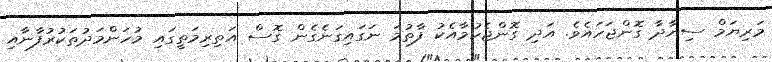
މަރިޔަމް ސިޔާދާ ގޮންޖަހައެވެ. އަދި ގޮންޖެހުމާއެކު ފާތުމަ ނަގައިގަނެގެން ގޮސް އަތިރިމަތީގައި މުހަންމަދުތަކުރުފާނާއި